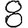
Digit: 8